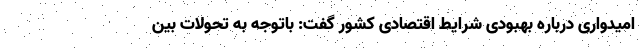
امیدواری درباره بهبودی شرایط اقتصادی کشور گفت: باتوجه به تحولات بین